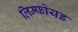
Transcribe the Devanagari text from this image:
लिम्फोयड